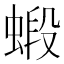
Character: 𧎚